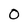
Character: 0